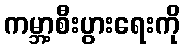
ကမ္ဘာ့စီးပွားရေးကို